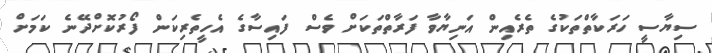
ސިޔާސީ ހަރަކާތްތަކުގެ ތެރެއިން އަނިޔާވާ ފަރާތްތަކަށް ވެސް ފައިސާގެ އެހީތެރިކަން ފޯރުކޮށްދޭނެ ކަމަށް